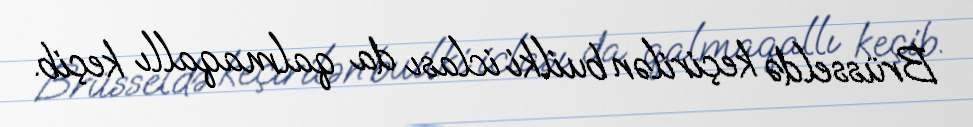
Brüsseldə keçirilən builki iclası da qalmaqallı keçib.